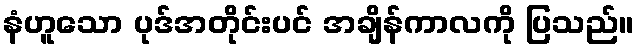
နံဟူသော ပုဒ်အတိုင်းပင် အချိန်ကာလကို ပြသည်။